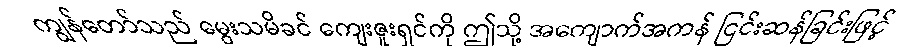
ကျွန်တော်သည် မွေးသမိခင် ကျေးဇူးရှင်ကို ဤသို့ အကျောက်အကန် ငြင်းဆန်ခြင်းဖြင့်